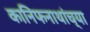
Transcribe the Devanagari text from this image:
कानिफनाथांच्या